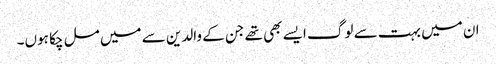
ان میں بہت سے لوگ ایسے بھی تھے جن کے والدین سے میں مل چکا ہوں۔